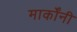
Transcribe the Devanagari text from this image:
मार्कोंनी